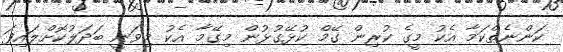
ކަންނެތްކަމާ އެކު މީގެ ކުރިން ގޭމް ކުޅޭގުޅުން މިގޭމާ އެކު މިވަނީ ބަދަލުކޮށްލައިފަ